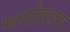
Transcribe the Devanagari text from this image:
मनोगठन